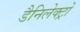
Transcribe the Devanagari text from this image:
डैनिलेक्ट्रो